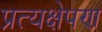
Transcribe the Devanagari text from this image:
प्रत्यक्षेपण